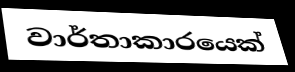
වාර්තාකාරයෙක්